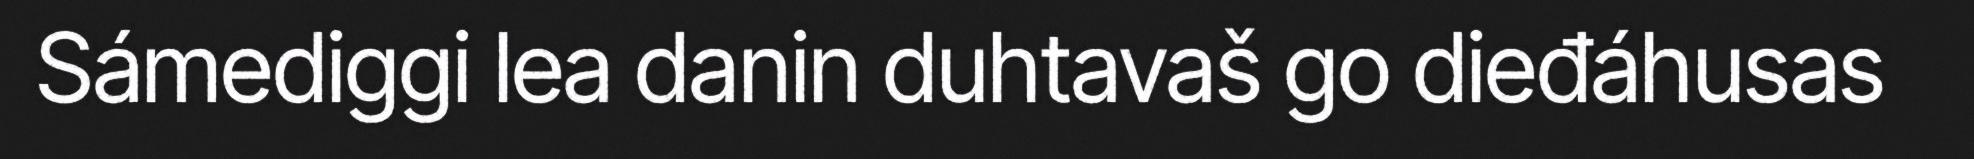
Sámediggi lea danin duhtavaš go dieđáhusas